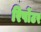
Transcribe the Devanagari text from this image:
रिर्पोटर